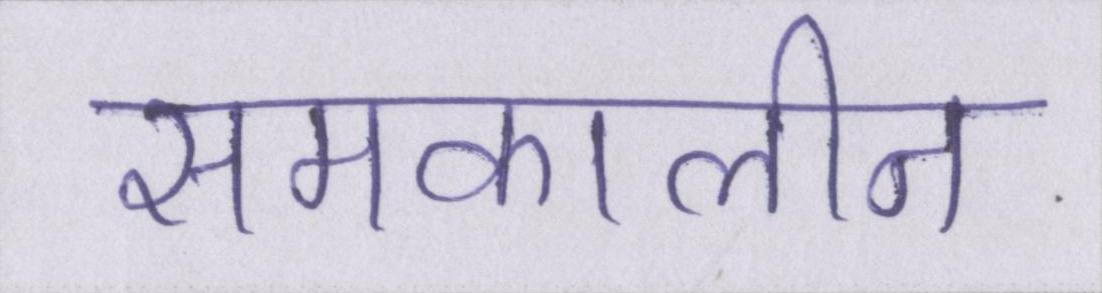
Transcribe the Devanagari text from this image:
समकालीन